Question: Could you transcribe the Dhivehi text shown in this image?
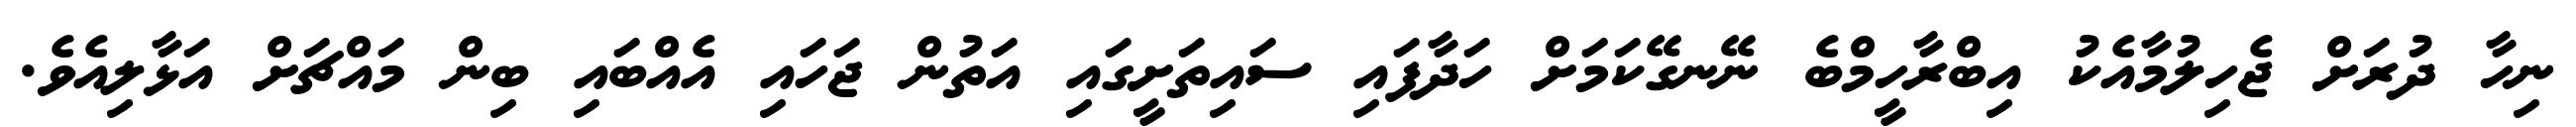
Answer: ނިހާ ދުރަށް ޖެހިލުމާއެކު އިބްރާހީމްބެ ނޭނގޭކަމަށް ހަދާފައި ސައިތަށީގައި އަތުން ޖަހައި އެއްބައި ބިން މައްޗަށް އަޅާލިއެވެ.